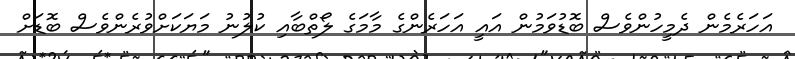
އަހަރެމެން ދެމީހުންވެސް ބޮޑުވަމުން އައީ އަހަރެންގެ މާމަގެ ލޯތްބާއި ކުލުނު މަޔަކަށްވުރެންވެސް ބޮޑަށް